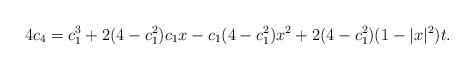
LaTeX: \begin{align*}4c_4=c_{1}^{3}+2(4-c_{1}^{2})c_1x-c_1(4-c_{1}^{2})x^2+2(4-c_{1}^{2})(1-|x|^2)t.\end{align*}